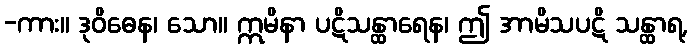
-ကား။ ဒုဝိဓေန၊ သော။ ဣမိနာ ပဋိသန္ထာရေန၊ ဤ အာမိသပဋိ သန္ထာရ,